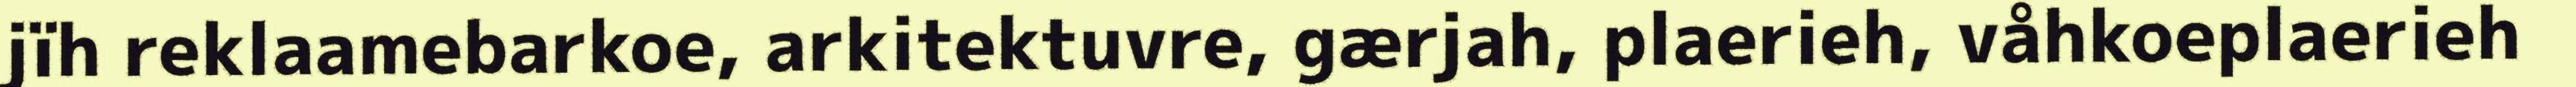
jïh reklaamebarkoe, arkitektuvre, gærjah, plaerieh, våhkoeplaerieh